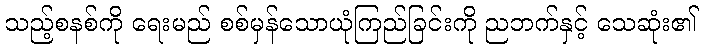
သည့်စနစ်ကို ရေးမည် စစ်မှန်သောယုံကြည်ခြင်းကို ညဘက်နှင့် သေဆုံး၏